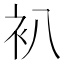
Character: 𧘋